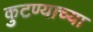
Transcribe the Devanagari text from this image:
कुटण्याच्या